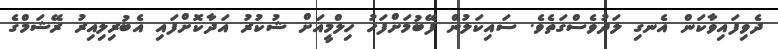
ދެވިފައިވާކަން އެނގި ލަދުވެސްގަތެވެ. ސައިކަލުން ފޭބުމަށްފަހު ހިލްމީއަށް ޝުކުރު އަދާކޮށްފައި އެބުރިލިއިރު ރޭޝަމްގެ